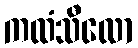
ကထံသီလော